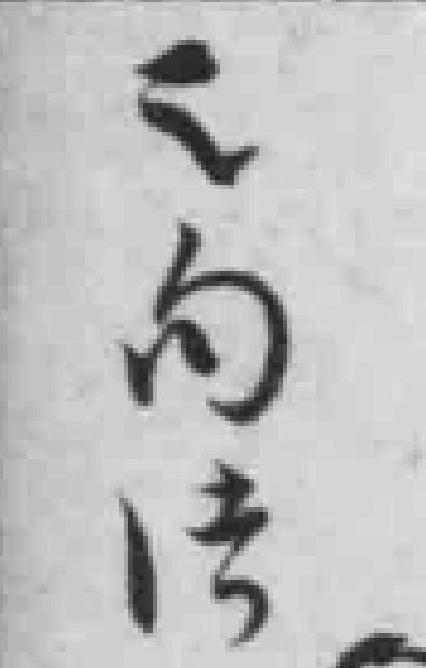
之句法